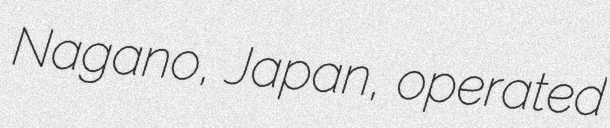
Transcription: Nagano, Japan, operated